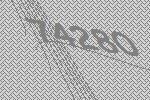
74280